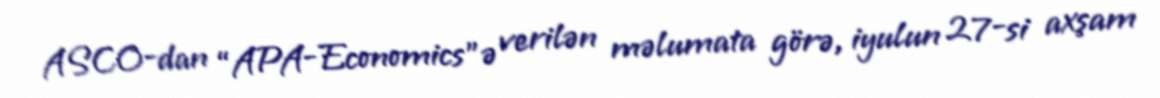
ASCO-dan “APA-Economics”ə verilən məlumata görə, iyulun 27-si axşam